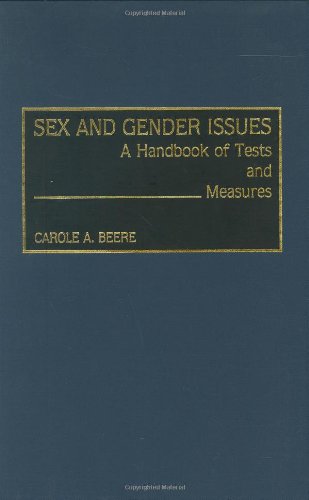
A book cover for Sex and Gender Issues: A Handbook of Tests and Measures; Carole A. Beere; Gay & Lesbian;